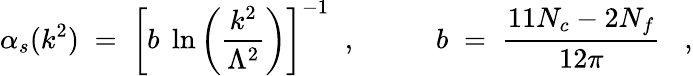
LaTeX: \alpha_{s}(k^{2})\; =\; \left[b\; \ln\left(\frac{k^{2}}{\Lambda^{2}}\right)\right]^{-1}\; \; ,\; \; \; \; \; \; \; \; \; \; b\; =\; \frac{11N_{c}-2N_{f}}{12\pi}\; \; \; ,